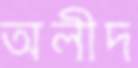
অলীদ